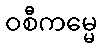
ဝစီကမ္မေ